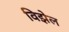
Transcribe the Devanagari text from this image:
विझेल